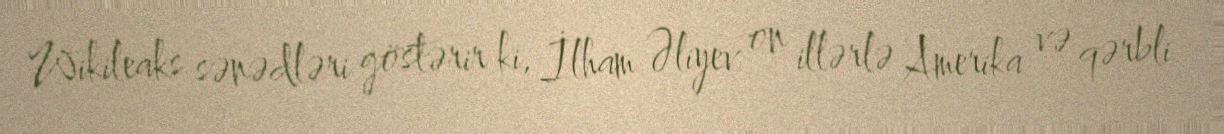
Wikileaks sənədləri göstərir ki, İlham Əliyev on illərlə Amerika və qərbli